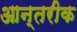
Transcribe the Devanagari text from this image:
आन्तरीक